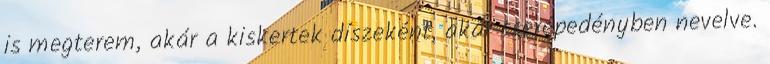
is megterem, akár a kiskertek díszeként, akár cserépedényben nevelve.